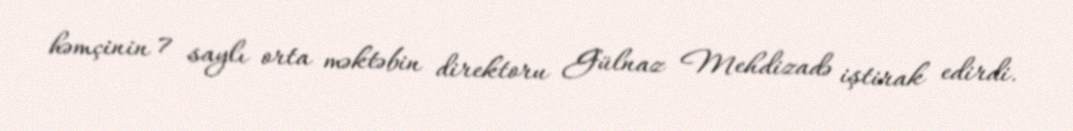
həmçinin 7 saylı orta məktəbin direktoru Gülnaz Mehdizadə iştirak edirdi.